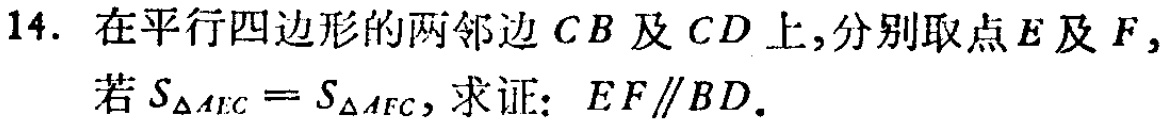
14. 在平行四边形的两邻边 \(CB\) 及 \(CD\) 上,分别取点 \(E\) 及 \(F\),若 \(S_{\triangle AEC}=S_{\triangle AFC}\), 求证: \(EF\parallel BD\).